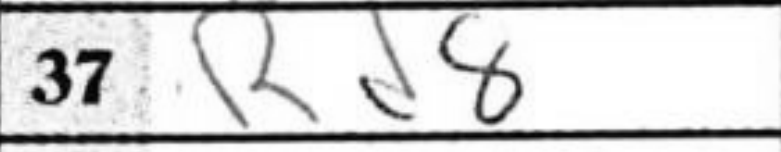
Transcription: Rd8